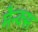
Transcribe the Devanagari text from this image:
मैन्क्स